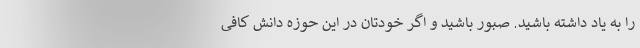
را به یاد داشته باشید. صبور باشید و اگر خودتان در این حوزه دانش کافی